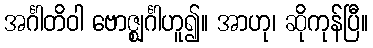
အင်္ဂါတိဝါ ဗောဇ္ဈင်္ဂါဟူ၍။ အာဟု၊ ဆိုကုန်ပြီ။